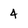
Character: 4